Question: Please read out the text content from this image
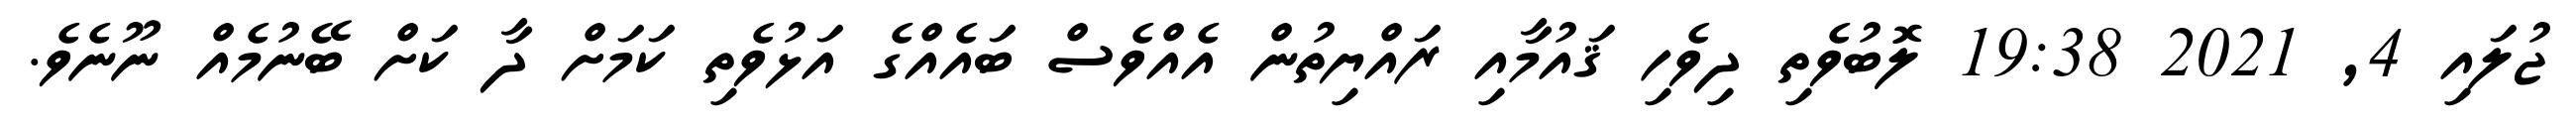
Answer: ޖުލައި 4, 2021 19:38 ލޮބުވެތި ދިވެހި ޤައުމާއި ރައްޔިތުން އެއްވެސް ބައެއްގެ އަޅުވެތި ކަމަށް ދާ ކަށް ބޭނުމެއް ނޫނެވެ.